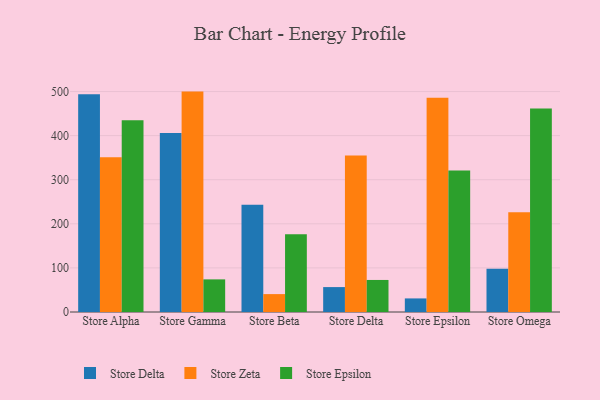
{"axis": {"x": "Store", "y": "Tickets Resolved"}, "legend": ["Store Delta", "Store Epsilon", "Store Zeta"], "data": [{"x": "Store Alpha", "y": 493.7, "type": "Store Delta"}, {"x": "Store Alpha", "y": 350.8, "type": "Store Zeta"}, {"x": "Store Alpha", "y": 434.7, "type": "Store Epsilon"}, {"x": "Store Gamma", "y": 405.9, "type": "Store Delta"}, {"x": "Store Gamma", "y": 499.9, "type": "Store Zeta"}, {"x": "Store Gamma", "y": 74.0, "type": "Store Epsilon"}, {"x": "Store Beta", "y": 243.5, "type": "Store Delta"}, {"x": "Store Beta", "y": 40.6, "type": "Store Zeta"}, {"x": "Store Beta", "y": 176.2, "type": "Store Epsilon"}, {"x": "Store Delta", "y": 56.5, "type": "Store Delta"}, {"x": "Store Delta", "y": 355.1, "type": "Store Zeta"}, {"x": "Store Delta", "y": 72.7, "type": "Store Epsilon"}, {"x": "Store Epsilon", "y": 30.8, "type": "Store Delta"}, {"x": "Store Epsilon", "y": 485.9, "type": "Store Zeta"}, {"x": "Store Epsilon", "y": 320.7, "type": "Store Epsilon"}, {"x": "Store Omega", "y": 97.9, "type": "Store Delta"}, {"x": "Store Omega", "y": 226.2, "type": "Store Zeta"}, {"x": "Store Omega", "y": 461.5, "type": "Store Epsilon"}]}